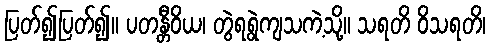
ပြတ်၍ပြတ်၍။ ပတန္တီဝိယ၊ တွဲရရွဲကျသကဲ့သို့။ သရတိ ဝိသရတိ၊